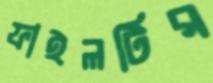
ফাইলটির